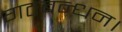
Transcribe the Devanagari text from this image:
गठबन्धन।